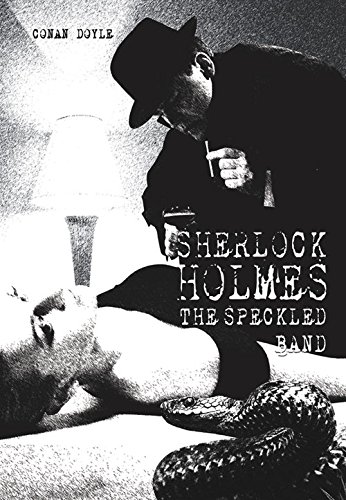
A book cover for The Speckled Band (Easy Read Sherlock Holmes); Arthur Conan Doyle; Literature & Fiction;